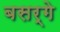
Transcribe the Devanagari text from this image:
बसर्गे